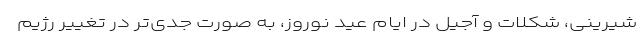
شیرینی، شکلات و آجیل در ایام عید نوروز، به صورت جدی‌تر در تغییر رژیم